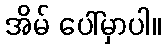
အိမ် ပေါ်မှာပါ။